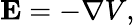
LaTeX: \mathbf{E}=-\nabla V,